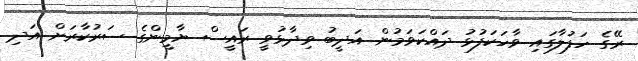
ރޭގެ ހަފުލާގައި ވާހަކަފުޅު ދައްކަވަމުން އަދީބު ވިދާޅުވީ ރައީސް ޔާމީންގެ ސަރުކާރަށް އަދި